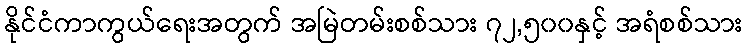
နိုင်ငံကာကွယ်ရေးအတွက် အမြဲတမ်းစစ်သား ၇၂,၅၀၀နှင့် အရံစစ်သား